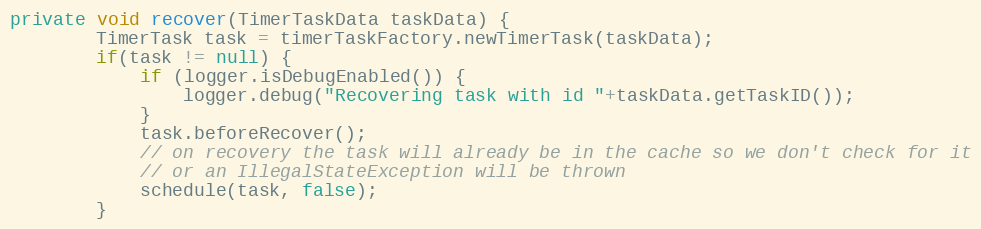
Language: Java
private void recover(TimerTaskData taskData) {
		TimerTask task = timerTaskFactory.newTimerTask(taskData);
		if(task != null) {
			if (logger.isDebugEnabled()) {
				logger.debug("Recovering task with id "+taskData.getTaskID());
			}
			task.beforeRecover();
			// on recovery the task will already be in the cache so we don't check for it
			// or an IllegalStateException will be thrown
			schedule(task, false);
		}